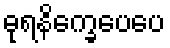
ဓုရနိက္ခေပေပေ